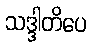
သဒ္ဒါတိပေ